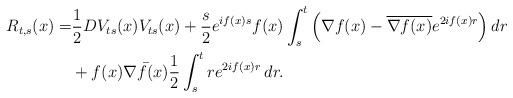
LaTeX: \begin{align*} R_{t,s}(x) = &\frac12 DV_{ts}(x) V_{ts}(x) + \frac s 2 e^{i f(x) s} f(x) \int_s^t \Big( \nabla f(x) - \overline{\nabla f(x)} e^{2 i f(x) r}\Big) \,dr \\ & + f(x) \bar{\nabla f(x)} \frac 12 \int_s^t r e^{2i f(x) r } \,dr.\end{align*}